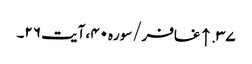
۳۷. ↑ غافر/سوره۴۰، آیت ۲۶۔